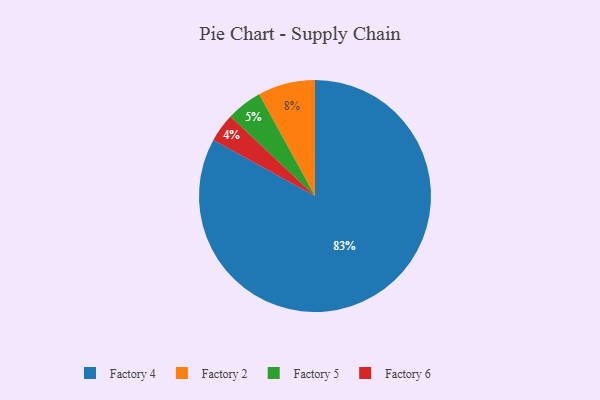
{"axis": {"x": "Category", "y": "Percentage"}, "legend": ["Factory 2", "Factory 4", "Factory 5", "Factory 6"], "data": [{"x": "Factory 5", "y": 5, "type": "Factory 5"}, {"x": "Factory 4", "y": 83, "type": "Factory 4"}, {"x": "Factory 6", "y": 4, "type": "Factory 6"}, {"x": "Factory 2", "y": 8, "type": "Factory 2"}]}